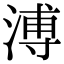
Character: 溥